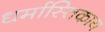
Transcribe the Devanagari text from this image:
धर्मास्तिकाय